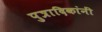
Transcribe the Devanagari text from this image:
पुत्रादिकांनीं